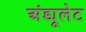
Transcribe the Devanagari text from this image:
अंड्यूलेट